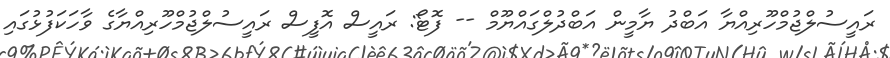
ރައީސުލްޖުމްހޫރިއްޔާ އަބްދު ޔާމީން އަބްދުލްގައްޔޫމް -- ފޮޓޯ: ރައީސް އޮފީސް ރައީސުލްޖުމްހޫރިއްޔާގެ ވާހަކަފުޅުގައި